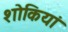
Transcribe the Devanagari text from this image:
शोकियां